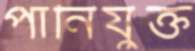
পানিযুক্ত